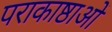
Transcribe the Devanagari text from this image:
पराकाष्ठाओं